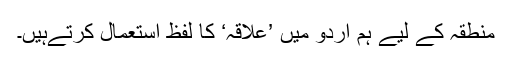
منطقہ کے لیے ہم اردو میں ’علاقہ‘ کا لفظ استعمال کرتےہیں۔